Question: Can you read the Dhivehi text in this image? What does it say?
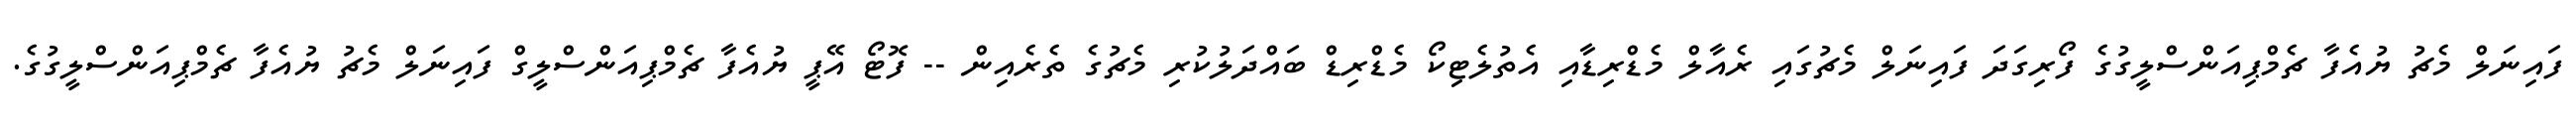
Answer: ފައިނަލް މެޗު ޔުއެފާ ޗެމްޕިއަންސްލީގުގެ ފޯރިގަދަ ފައިނަލް މެޗުގައި ރެއާލް މެޑްރިޑާއި އެތުލެޓިކޯ މެޑްރިޑް ބައްދަލުކުރި މެޗުގެ ތެރެއިން -- ފޮޓޯ އޭޕީ ޔުއެފާ ޗެމްޕިއަންސްލީގް ފައިނަލް މެޗު ޔުއެފާ ޗެމްޕިއަންސްލީގުގެ.